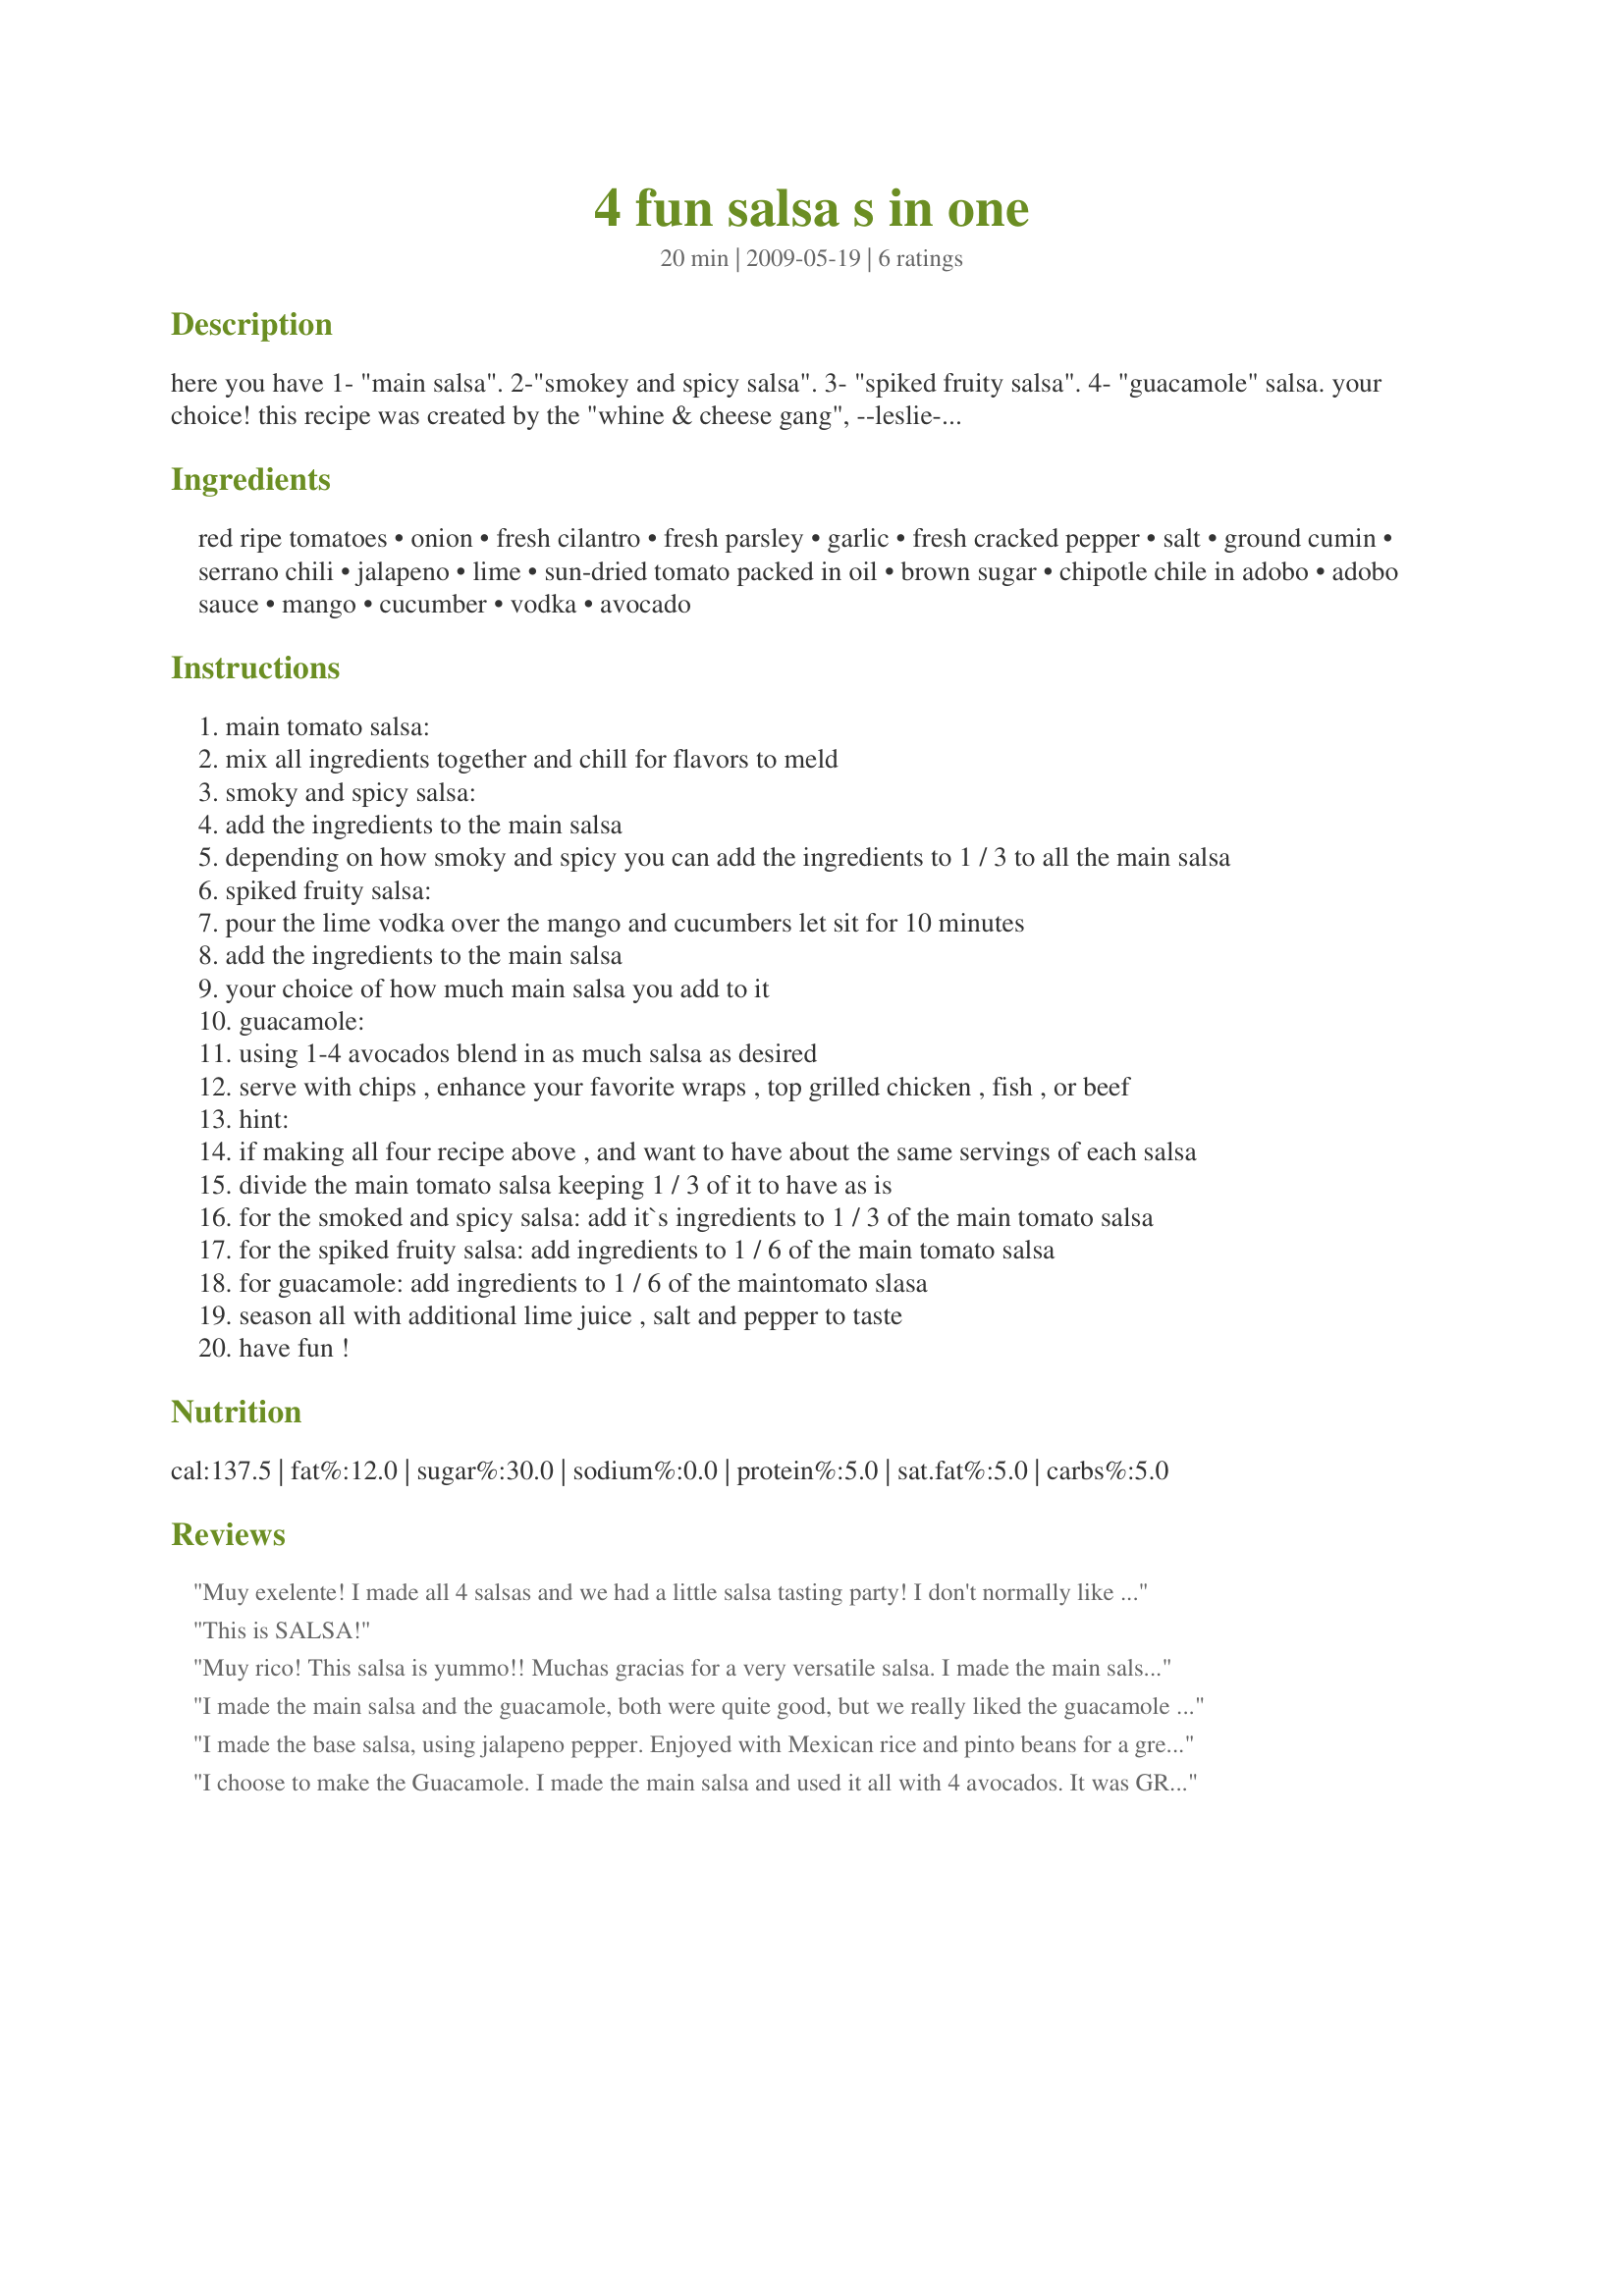
4 fun salsa s in one
Preparation time: 20 minutes

here you have 1- "main salsa".
2-"smokey and spicy salsa".
3- "spiked fruity salsa".
4- "guacamole" salsa.
your choice!
this recipe was created by the "whine & cheese gang",
--leslie--- cilantro "love of herbs".
ncmysteryshopper--vodka the queen of mixed drinks.
susie d-garlic many healthy properties.
mama's kitchen-brown sugar to sweet!
mommy diva - serrano! cause she too likes it spicy!!
--laury-- - refreshing limes.
brenda.- onion sweet and spicy she is all in one.
chia - juicy ripe tomatoes.
french tart - sun-dried tomatoes cos' she lives in the sun, have rosy cheeks when i drink too much and i have a dry sense of humour!
**jubes**- for the love, love, love of tomatoes.
megnbrycesmom - bright fruit like mango b/c she adores color
pannan - soft and creamy avocado.
peter j - cool as a cucumber
pot scrubber - fresh cracked pepper salt and cumin for his spiciness.
--rita---chipotle in adobo sauce i like it smokey hot!
we put these all together and came out with this yummy recipes.
for each of the last three salsa's use your taste buds to see how much of the main salsa to add. have fun creating your mixes. can't wait to see what you did!

Ingredients:
red ripe tomatoes, onion, fresh cilantro, fresh parsley, garlic, fresh cracked pepper, salt, ground cumin, serrano chili, jalapeno, lime, sun-dried tomato packed in oil, brown sugar, chipotle chile in adobo, adobo sauce, mango, cucumber, vodka, avocado

Steps:
main tomato salsa:
mix all ingredients together and chill for flavors to meld
smoky and spicy salsa:
add the ingredients to the main salsa
depending on how smoky and spicy you can add the ingredients to 1 / 3 to all the main salsa
spiked fruity salsa:
pour the lime vodka over the mango and cucumbers let sit for 10 minutes
add the ingredients to the main salsa
your choice of how much main salsa you add to it
guacamole:
using 1-4 avocados blend in as much salsa as desired
serve with chips , enhance your favorite wraps , top grilled chicken , fish , or beef
hint:
if making all four recipe above , and want to have about the same servings of each salsa
divide the main tomato salsa keeping 1 / 3 of it to have as is
for the smoked and spicy salsa: add it`s ingredients to 1 / 3 of the main tomato salsa
for the spiked fruity salsa: add ingredients to 1 / 6 of the main tomato salsa
for guacamole: add ingredients to 1 / 6 of the maintomato slasa
season all with additional lime juice , salt and pepper to taste
have fun !

Reviews:
Muy exelente! I made all 4 salsas and we had a little salsa tasting party! I don't normally like guacamole, but I followed the directions for dividing this to make all 4 salsas and used 1 avocado. I actually liked this guacamole because the base salsa helped balance the flavor of the avocados. The mango flavor wasn't very prominent, I could taste more of the cucumber for the fruity salsa, which was very crisp and cooling. I need to measure the adobo sauce better next time. I think I added a little too much and it overwhelmed the rest of the salsa, but that was my fault. We both loved the main salsa. I blended this in my food processor and it was the texture of the salsa I had in Mexico! Thanks for a great salsa x4! Made for the salsa challenge Epicurean Queens ZWT5: Mexico/Tex-Mex/Southwest.
This is SALSA!
Muy rico! This salsa is yummo!! Muchas gracias for a very versatile salsa. I made the main salsa this morning and enjoyed it this afternoon by itself and also mixed with the avocado to create a very delightful guacamole! Ole'!!! Will be trying this with the other 2 salsas soon. Made during ZWT 5 as a thanks to the Whine & Cheese Gang! (for the Genies of Gourmet)
I made the main salsa and the guacamole, both were quite good, but we really liked the guacamole one the best. Made for ZWT5
I made the base salsa, using jalapeno pepper. Enjoyed with Mexican rice and pinto beans for a great supper. Thanks Rita. Made for Vegetarian Swap May 2013.
I choose to make the Guacamole.
I made the main salsa and used it all with 4 avocados. It was GREAT!

Thank You.

Made for ZWT 5, Sultans of Spice.
